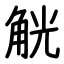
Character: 觥